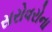
સરોવરોના